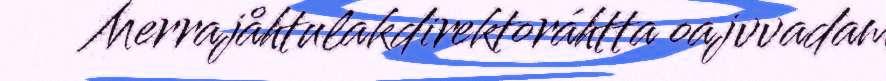
Merrajåhtulakdirektoráhtta oajvvadam